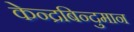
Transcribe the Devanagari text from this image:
केन्द्रबिन्दुमान